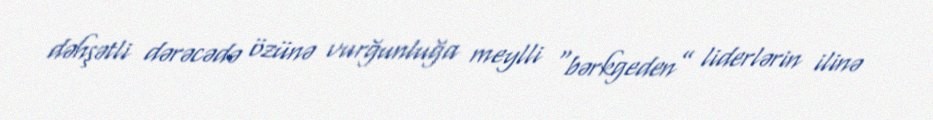
dəhşətli dərəcədə özünə vurğunluğa meylli “bərkgeden” liderlərin ilinə